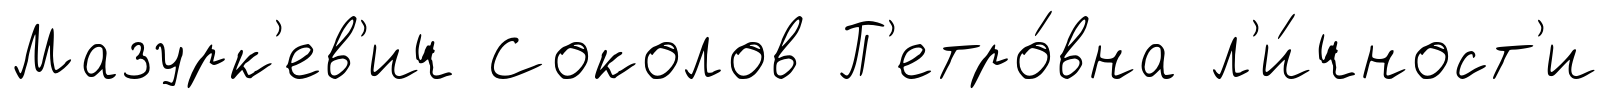
Мазурк'ев'ич Соколов П'етро́вна л'и́чност'и